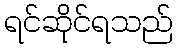
ရင်ဆိုင်ရသည်